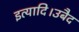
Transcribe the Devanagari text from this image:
इत्यादि।उबैद